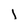
Character: i